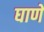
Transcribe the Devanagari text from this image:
घाणे